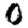
Digit: 0